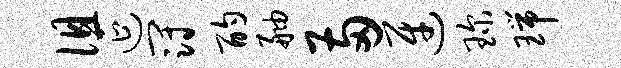
徂延冠酌舳两迓琛瑞